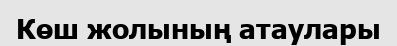
Көш жолының атаулары